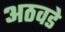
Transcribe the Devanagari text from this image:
अठवडे